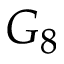
G _ { 8 }